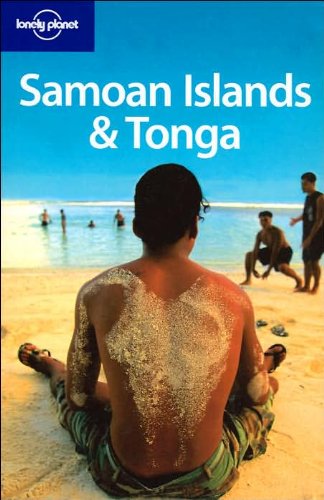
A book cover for Lonely Planet Samoan Islands & Tonga (Multi Country Guide); Paul Smitz; Travel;